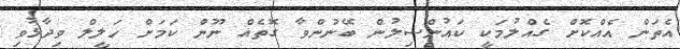
އެތަން އެއްކޮށް ގެއްލުމަކީ ކައުންސިލުން ބޭނުންވާ ގޮތެއް ނޫން ކަމަށް ހަލީލް ވިދާޅުވި